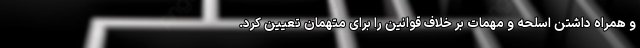
و همراه داشتن اسلحه و مهمات بر خلاف قوانین را برای متهمان تعیین کرد.